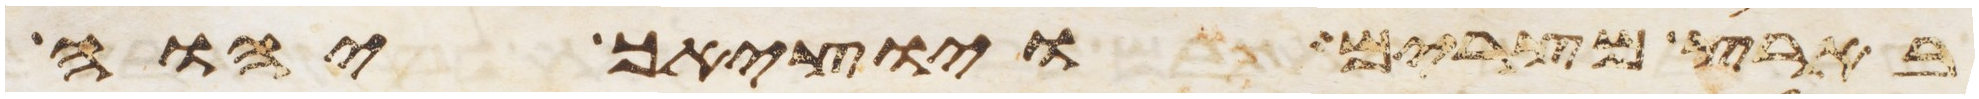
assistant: בארץ מצרים ויוציאך יהוה